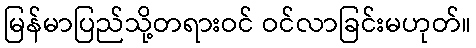
မြန်မာပြည်သို့တရားဝင် ဝင်လာခြင်းမဟုတ်။